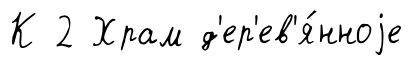
К 2 Храм д'ер'ев'я́нноjе